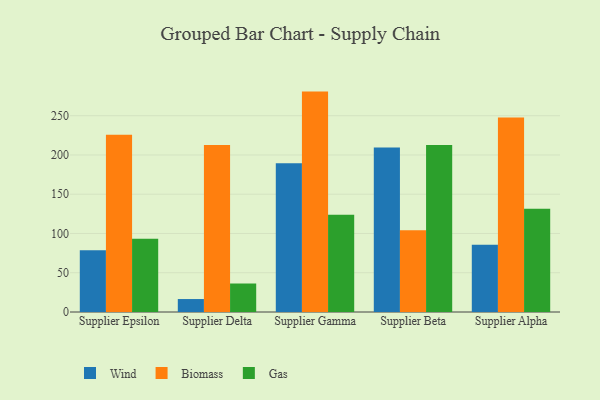
{"axis": {"x": "Supplier", "y": "Churn Rate (%)"}, "legend": ["Biomass", "Gas", "Wind"], "data": [{"x": "Supplier Epsilon", "y": 78.8, "type": "Wind"}, {"x": "Supplier Epsilon", "y": 225.6, "type": "Biomass"}, {"x": "Supplier Epsilon", "y": 93.4, "type": "Gas"}, {"x": "Supplier Delta", "y": 16.5, "type": "Wind"}, {"x": "Supplier Delta", "y": 212.6, "type": "Biomass"}, {"x": "Supplier Delta", "y": 36.3, "type": "Gas"}, {"x": "Supplier Gamma", "y": 189.4, "type": "Wind"}, {"x": "Supplier Gamma", "y": 280.7, "type": "Biomass"}, {"x": "Supplier Gamma", "y": 124.0, "type": "Gas"}, {"x": "Supplier Beta", "y": 209.5, "type": "Wind"}, {"x": "Supplier Beta", "y": 104.0, "type": "Biomass"}, {"x": "Supplier Beta", "y": 212.8, "type": "Gas"}, {"x": "Supplier Alpha", "y": 85.6, "type": "Wind"}, {"x": "Supplier Alpha", "y": 247.6, "type": "Biomass"}, {"x": "Supplier Alpha", "y": 131.5, "type": "Gas"}]}